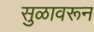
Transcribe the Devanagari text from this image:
सुळावरून